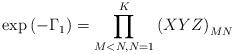
LaTeX: \begin{align*}\exp{(-\Gamma_1)}=\prod_{M<N,N=1}^K \left(XYZ \right)_{MN}\end{align*}